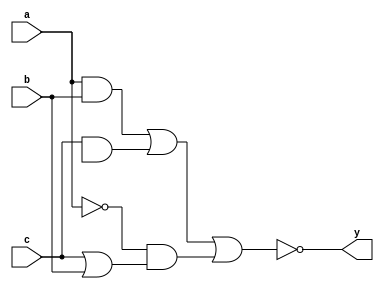
module boolexp_4(
    input a,b,c,
    output y
    );
assign y=~((a&b)|(c&d)|((~a)&(c|b)));
endmodule